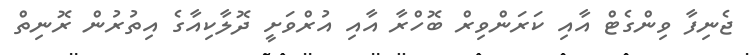
ޖެނިފާ ވިންގެޓް އާއި ކަރަންވިރް ބޮހްރާ އާއި އުރްވަށީ ދޮލާކިއާގެ އިތުރުން ރޮނިތް